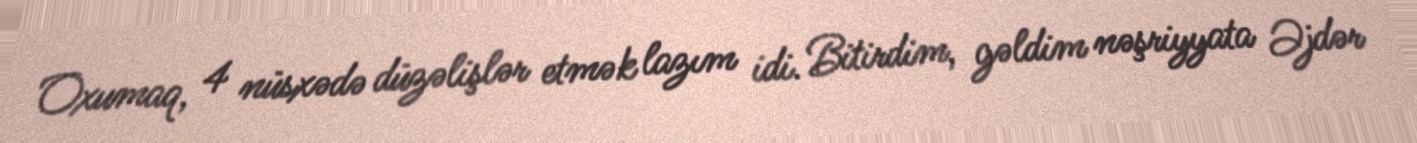
Oxumaq, 4 nüsxədə düzəlişlər etmək lazım idi. Bitirdim, gəldim nəşriyyata Əjdər